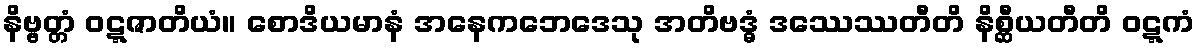
နိဗ္ဗတ္တံ ဝဋ္ဋဇာတိယံ။ စောဒိယမာနံ အနေကဘေဒေသု အတိဗဒ္ဓံ ဒဿေဿတီတိ နိစ္ဆီယတီတိ ဝဋ္ဋကံ